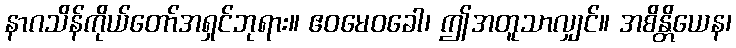
နာဂသိန်ကိုယ်တော်အရှင်ဘုရား။ ဧဝမေဝခေါ၊ ဤအတူသာလျှင်။ အစိန္တိယေန၊